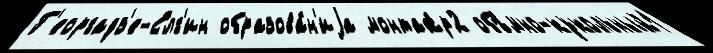
Г'еоргадз'е-Елг'ин образова́н'иjа монтаж́р2 объ́мно-кукольный1